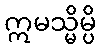
ဣမသ္မိမ္ပိ